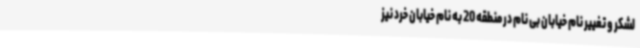
لشکر و تغییر نام خیابان بی نام در منطقه 20 به نام خیابان خرد نیز